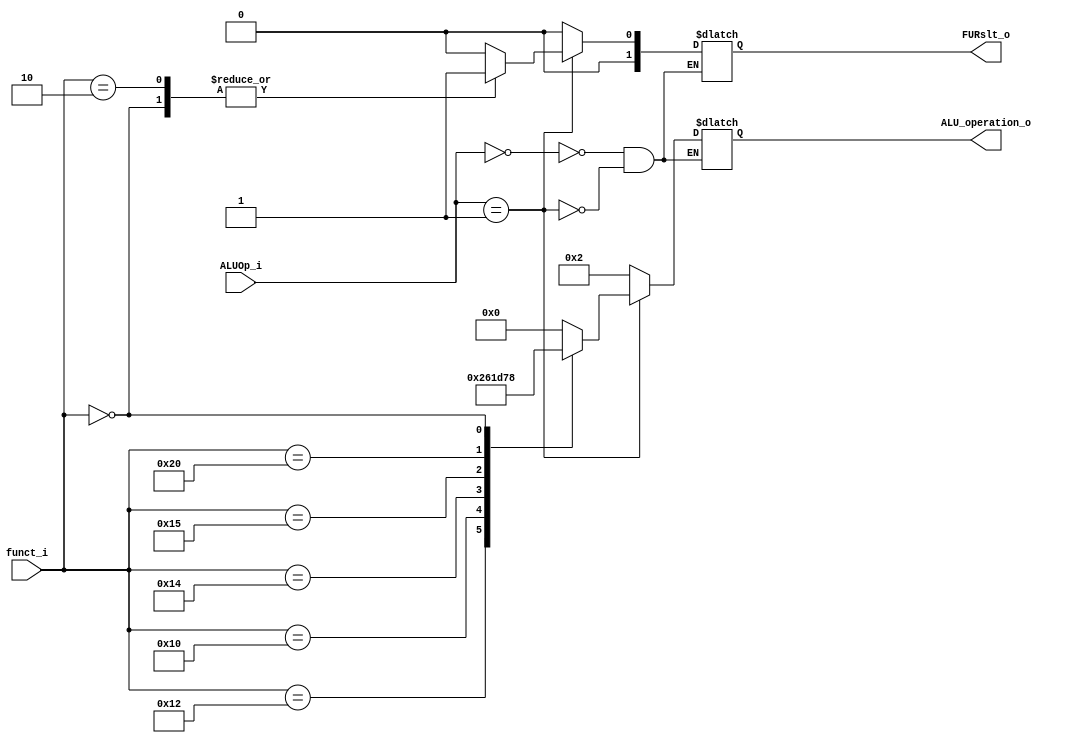
module ALU_Ctrl( funct_i, ALUOp_i, ALU_operation_o, FURslt_o );

//I/O ports 
input      [6-1:0] funct_i;
input      [3-1:0] ALUOp_i;

output     [4-1:0] ALU_operation_o;  
output     [2-1:0] FURslt_o;
     
//Internal Signals
reg		[4-1:0] ALU_operation_o;
reg		[2-1:0] FURslt_o;

//Main function
/*your code here*/
always@(*)
begin
    case(ALUOp_i)
        3'b000: {ALU_operation_o, FURslt_o} <= {4'b0010, 2'b00};    // addi
        3'b001: begin
                     case(funct_i)
                           6'b010010:   {ALU_operation_o, FURslt_o} <= {4'b0010, 2'b00};    // add
                           6'b010000:   {ALU_operation_o, FURslt_o} <= {4'b0110, 2'b00};    // sub
                           6'b010100:   {ALU_operation_o, FURslt_o} <= {4'b0001, 2'b00};    // and
                           6'b010110:   {ALU_operation_o, FURslt_o} <= {4'b0000, 2'b00};    // or
                           6'b010101:   {ALU_operation_o, FURslt_o} <= {4'b1101, 2'b00};    // nor
                           6'b100000:   {ALU_operation_o, FURslt_o} <= {4'b0111, 2'b00};    // slt
                           6'b000000:   {ALU_operation_o, FURslt_o} <= {4'b1000, 2'b01};    // sll
                           6'b000010:   {ALU_operation_o, FURslt_o} <= {4'b0000, 2'b01};    // srl
                           default:  {ALU_operation_o, FURslt_o} <= 0;
                     endcase
                end
     endcase
end

endmodule